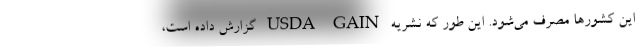
این کشورها مصرف می‌شود. این طور که نشریه USDA GAIN گزارش داده است،